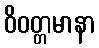
ဝိဝတ္တမာနာ